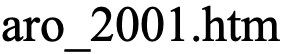
aro_2001.htm